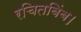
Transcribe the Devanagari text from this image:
रचितबिंब।